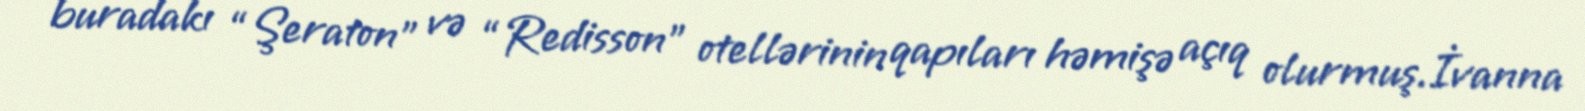
buradakı “Şeraton” və “Redisson” otellərinin qapıları həmişə açıq olurmuş.İvanna